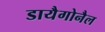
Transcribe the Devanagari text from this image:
डायैगोनैल